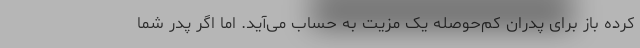
کرده باز برای پدران کم‌حوصله یک مزیت به حساب می‌آید. اما اگر پدر شما